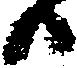
日